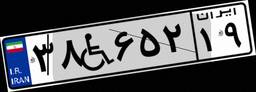
۷۹W۹۲۷۱۲